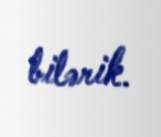
bilərik.